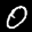
Label: 0